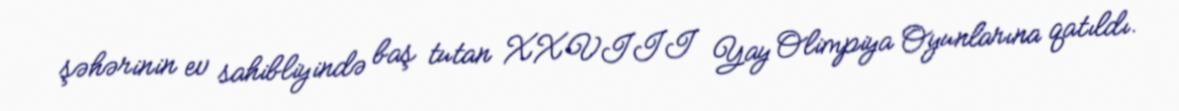
şəhərinin ev sahibliyində baş tutan XXVIII Yay Olimpiya Oyunlarına qatıldı.